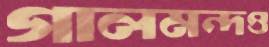
গালমন্দও